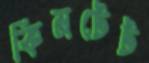
কিনটেট